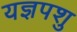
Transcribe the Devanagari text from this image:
यज्ञपशु